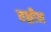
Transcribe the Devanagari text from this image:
तश्लीन